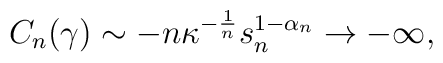
C_{n}(\gamma) \sim -n \kappa^{-\frac{1}{n}} s_{n}^{1-\alpha_{n}} \rightarrow -\infty,